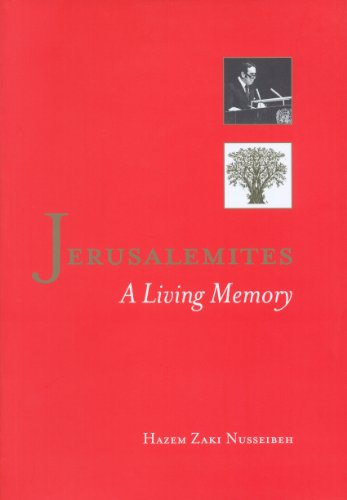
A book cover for Jerusalemites: A Living Memory; Hazem Zaki Nusseibeh; History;